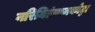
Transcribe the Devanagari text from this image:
नरियिडंचानकोट्टा